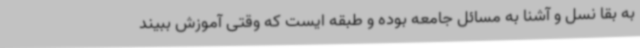
به بقا نسل و آشنا به مسائل جامعه بوده و طبقه ایست که وقتی آموزش ببیند